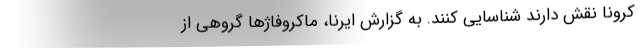
کرونا نقش دارند شناسایی کنند. به گزارش ایرنا، ماکروفاژها گروهی از